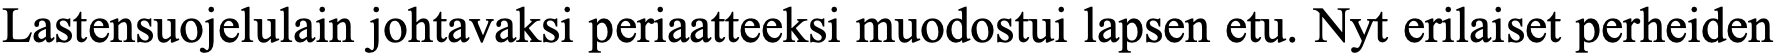
Lastensuojelulain johtavaksi periaatteeksi muodostui lapsen etu. Nyt erilaiset perheiden